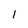
Character: 1